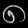
Digit: ၈